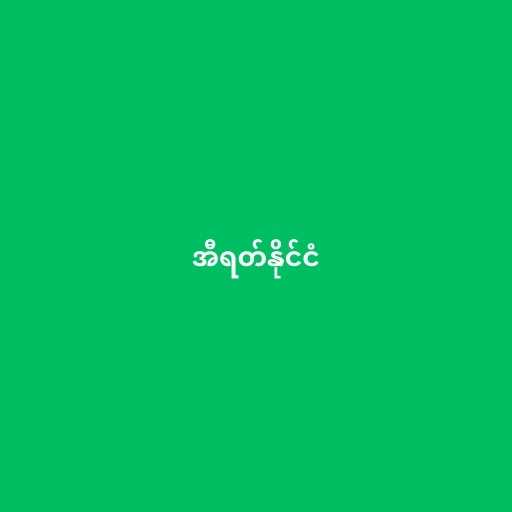
အီရတ်နိုင်ငံ